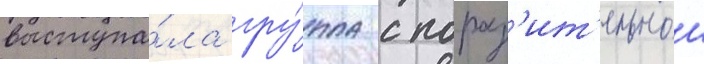
выступа́ла гру́ппа с пораз'ит'ельнои